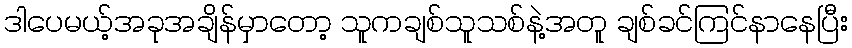
ဒါပေမယ့်အခုအချိန်မှာတော့ သူကချစ်သူသစ်နဲ့အတူ ချစ်ခင်ကြင်နာနေပြီး